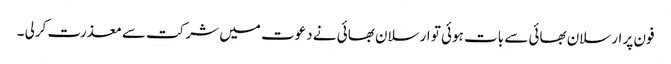
فون پر ارسلان بھائی سے بات ہوئی تو ارسلان بھائی نے دعوت میں شرکت سے معذرت کرلی ۔